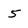
Character: 5